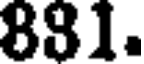
881.